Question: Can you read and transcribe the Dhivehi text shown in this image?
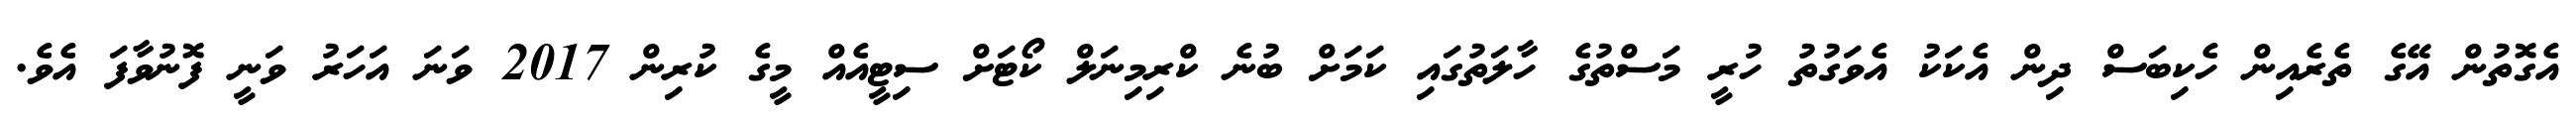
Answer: އެގޮތުން އޭގެ ތެރެއިން ހެކިބަސް ދިން އެކަކު އެވަގުތު ހުރީ މަސްތުގެ ހާލަތުގައި ކަމަށް ބުނެ ކްރިމިނަލް ކޯޓަށް ސިޓީއެއް މީގެ ކުރިން 2017 ވަނަ އަހަރު ވަނީ ފޮނުވާފަ އެވެ.